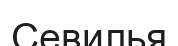
Севилья